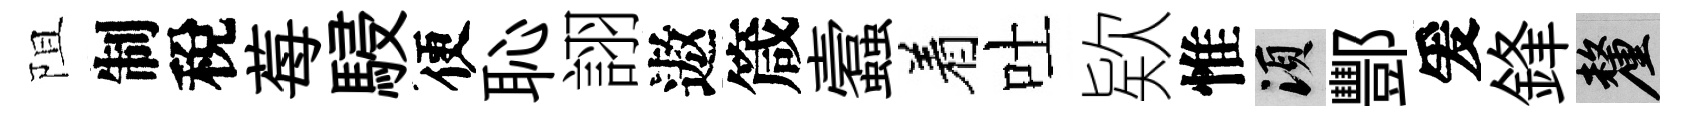
阻制稅莓駸便恥詡遨箴蠧着吐欵惟須酆爰鋒厘